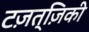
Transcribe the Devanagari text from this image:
टज़त्ज़िकी